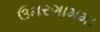
ઉમરગામમા